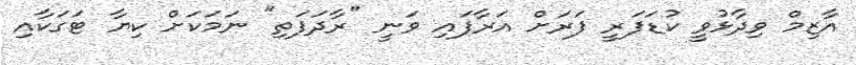
އާޒިމް ވިދާޅުވީ ކުޑަފަރީ ފަރަށް އަރާފައި ވަނީ "ރާދަފަތި" ނަމަކަށް ކިޔާ ޓަގަކާއި